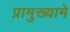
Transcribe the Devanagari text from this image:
प्रामुख्यामे